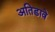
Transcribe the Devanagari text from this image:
अतिडावे